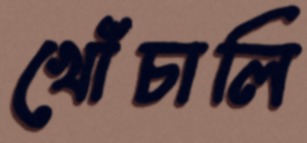
খোঁচালি